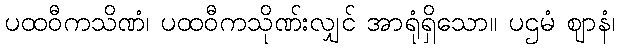
ပထဝီကသိဏံ၊ ပထဝီကသိုဏ်းလျှင် အာရုံရှိသော။ ပဌမံ ဈာနံ၊